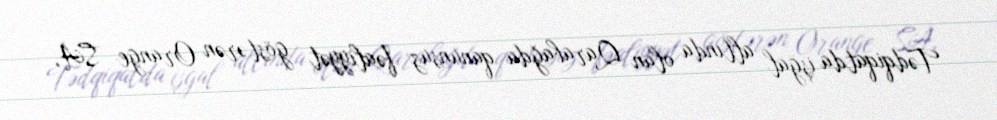
Tədqiqatda işğal altında olan Qarabağda qanunsuz fəaliyyət göstərən Orange SA,